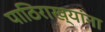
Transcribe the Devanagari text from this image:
पाठिराख्यांना